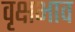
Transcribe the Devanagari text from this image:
वृक्षभाव